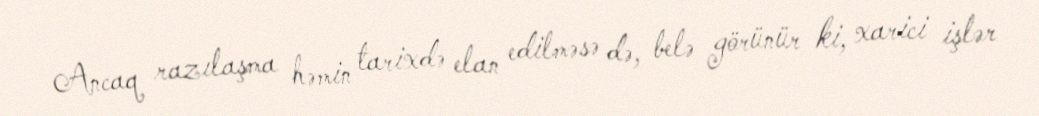
Ancaq razılaşma həmin tarixdə elan edilməsə də, belə görünür ki, xarici işlər